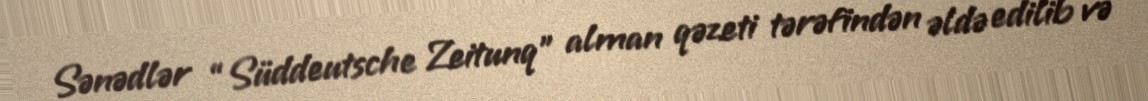
Sənədlər “Süddeutsche Zeitunq” alman qəzeti tərəfindən əldə edilib və